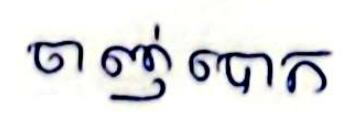
ចាញ់បោក